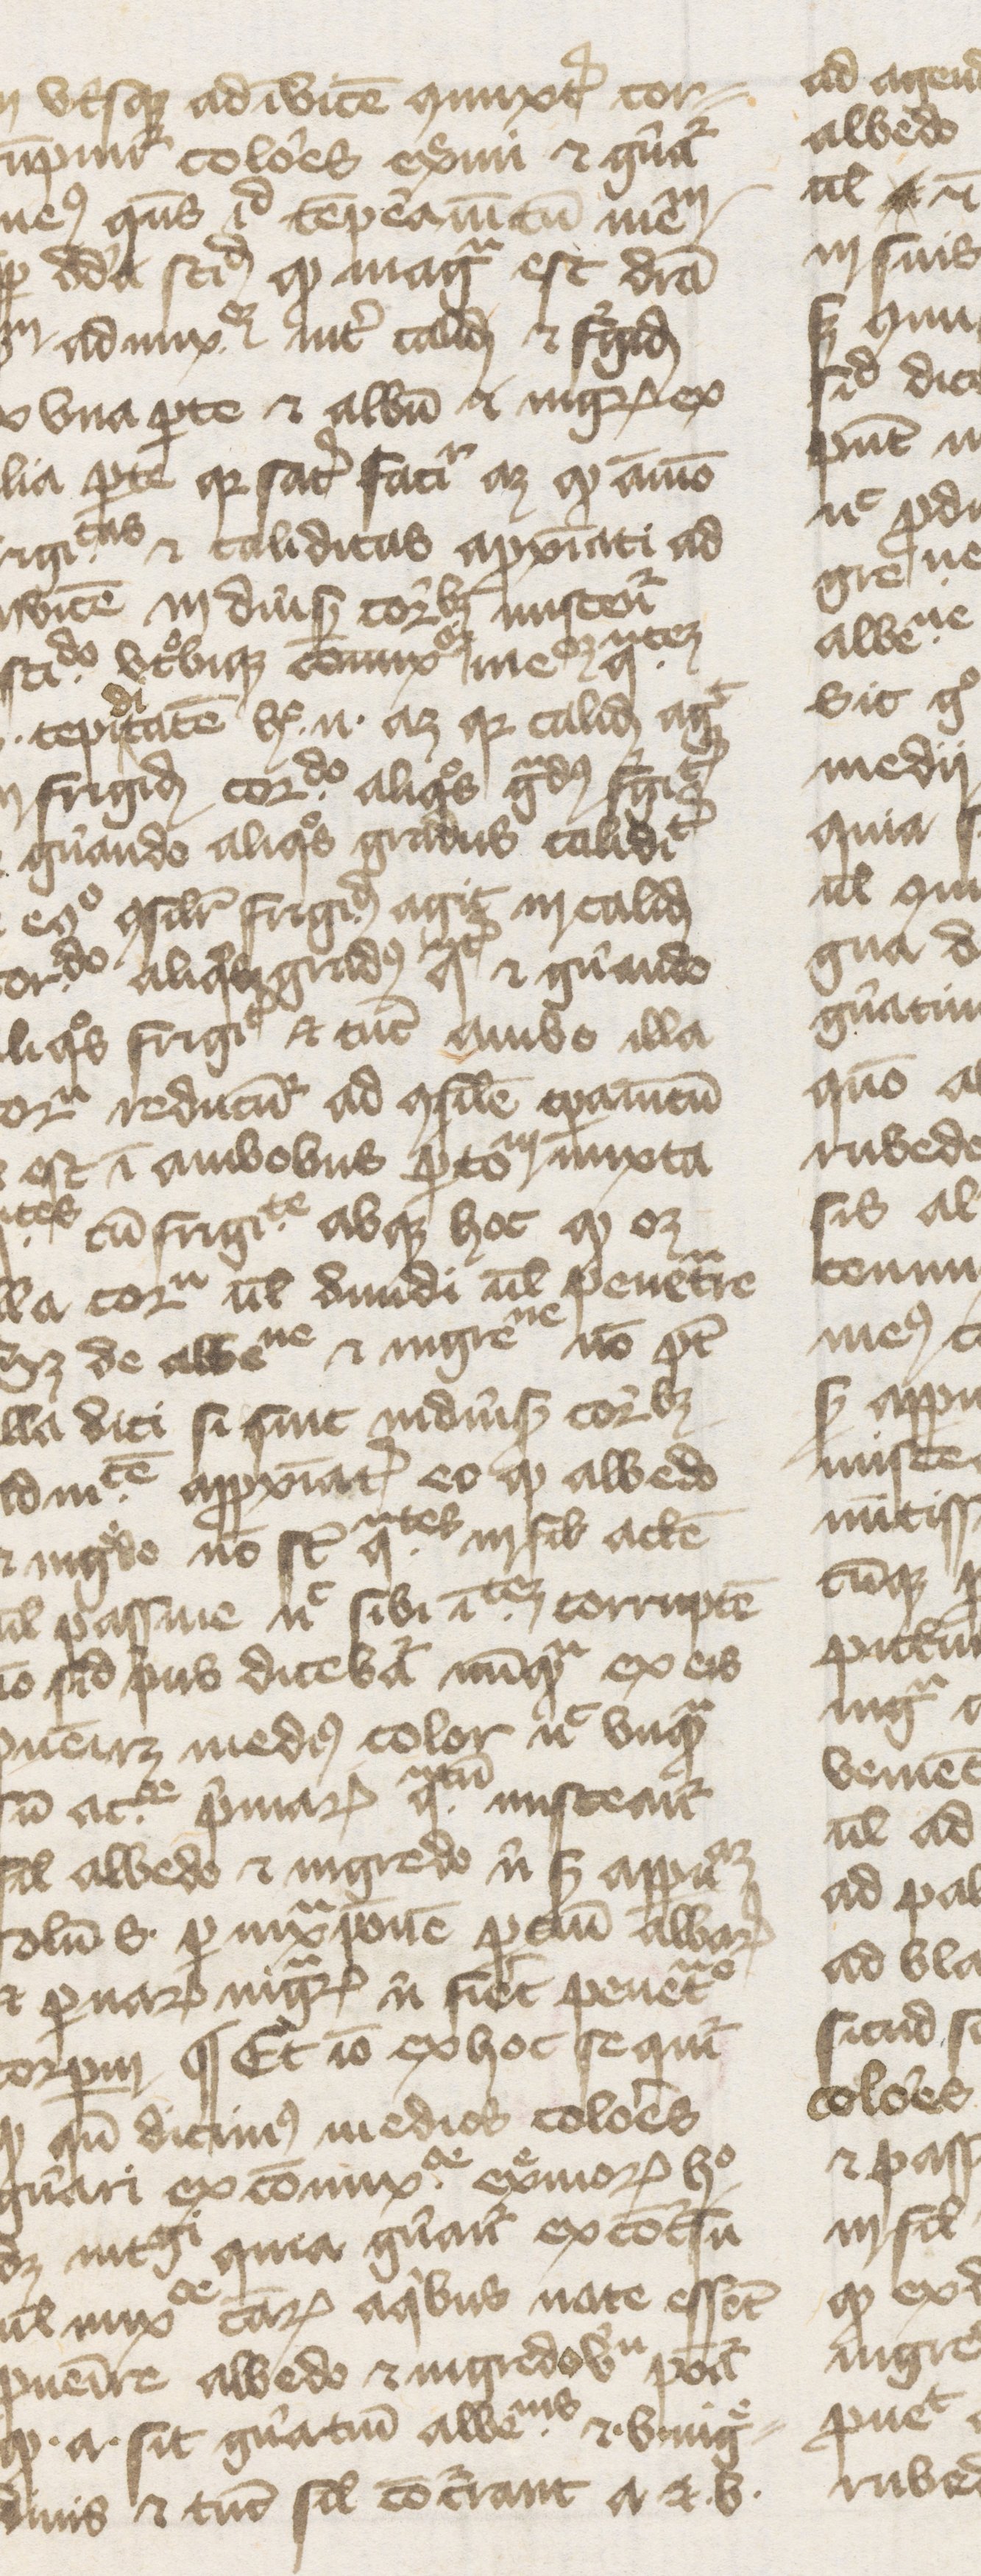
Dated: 1374–1374